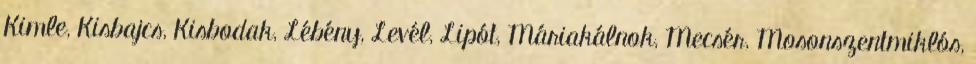
Kimle, Kisbajcs, Kisbodak, Lébény, Levél, Lipót, Máriakálnok, Mecsér, Mosonszentmiklós,